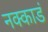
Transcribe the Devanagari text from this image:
नक्काडं